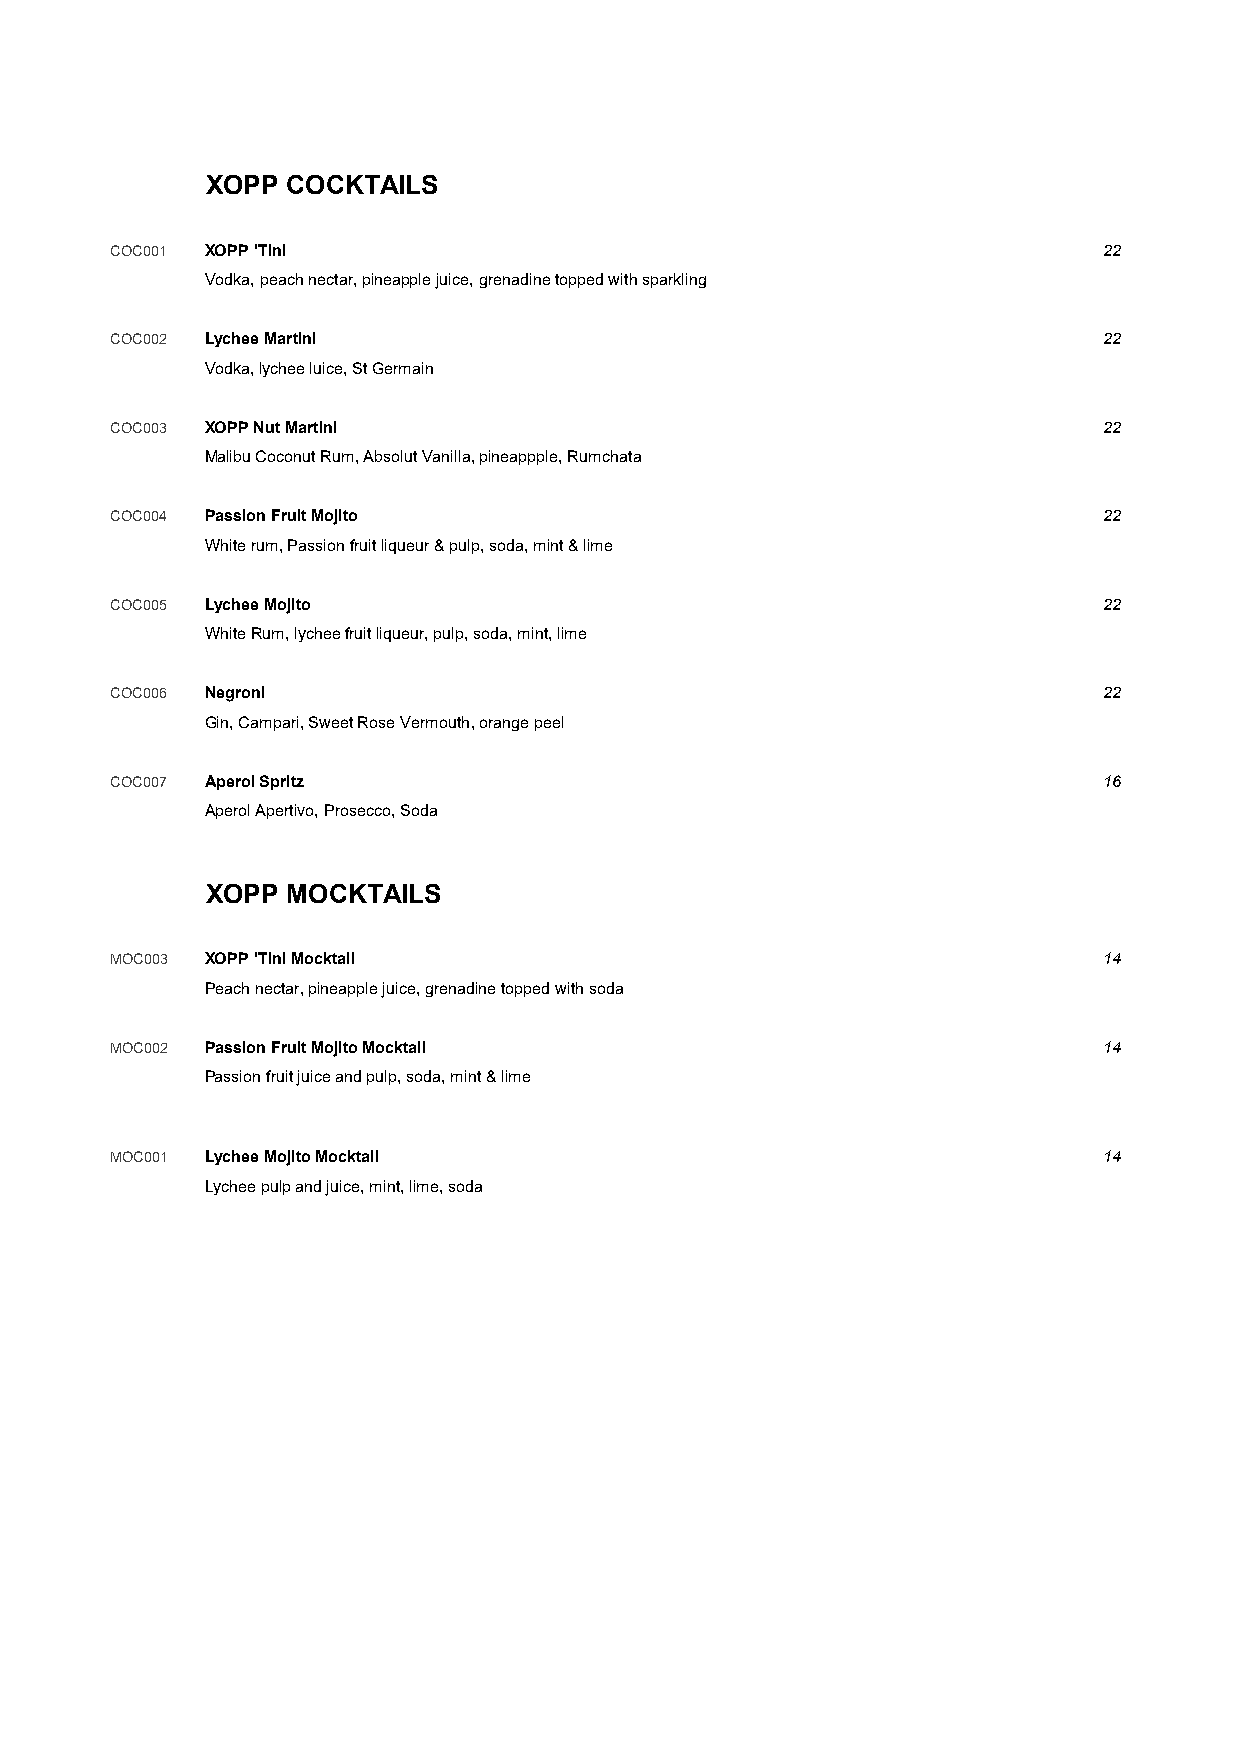
XOPP COCKTAILS
 COC001 XOPP 'Tini                                                 22
 Vodka, peach nectar, pineapple juice, grenadine topped with sparkling
 COC002 Lychee Martini                                             22
 Vodka, lychee luice, St Germain
 COC003 XOPP Nut Martini                                           22
 Malibu Coconut Rum, Absolut Vanilla, pineappple, Rumchata
 COC004 Passion Fruit Mojito                                       22
 White rum, Passion fruit liqueur & pulp, soda, mint & lime
 COC005 Lychee Mojito                                              22
 White Rum, lychee fruit liqueur, pulp, soda, mint, lime
 COC006 Negroni                                                    22
 Gin, Campari, Sweet Rose Vermouth, orange peel
 COC007 Aperol Spritz                                              16
 Aperol Apertivo, Prosecco, Soda
 XOPP MOCKTAILS
 MOC003 XOPP 'Tini Mocktail                                        14
 Peach nectar, pineapple juice, grenadine topped with soda
 MOC002 Passion Fruit Mojito Mocktail                              14
 Passion fruit juice and pulp, soda, mint & lime
 MOC001 Lychee Mojito Mocktail                                     14
 Lychee pulp and juice, mint, lime, soda